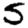
Digit: 5